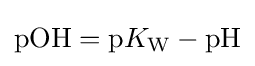
{\mathrm {pOH} }={\mathrm {p} }K_{\mathrm {W} }-{\mathrm {pH} }